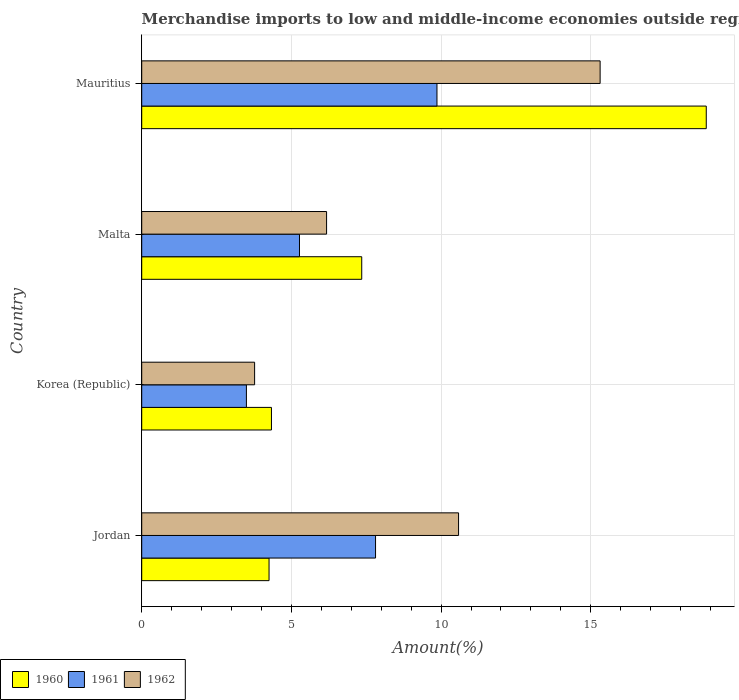
| Country | 1960 | 1961 | 1962 |
 | --- | --- | --- | --- |
 | Jordan | 4.25 | 7.81 | 10.6 |
 | Korea (Republic) | 4.33 | 3.5 | 3.77 |
 | Malta | 7.35 | 5.27 | 6.18 |
 | Mauritius | 18.9 | 9.86 | 15.3 |